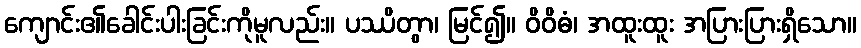
ကျောင်း၏ခေါင်းပါးခြင်းကိုမူလည်း။ ပဿိတွာ၊ မြင်၍။ ဝိဝိဓံ၊ အထူးထူး အပြားပြားရှိသော။